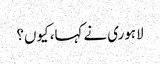
لاہوری نے کہا، کیوں؟